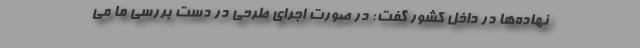
نهاده‌ها در داخل کشور گفت: در صورت اجرای طرحی در دست بررسی ما می‌